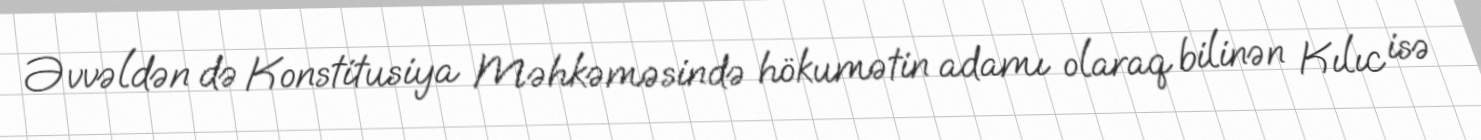
Əvvəldən də Konstitusiya Məhkəməsində hökumətin adamı olaraq bilinən Kılıc isə